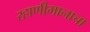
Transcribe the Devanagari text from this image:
रहाणीमानाचा